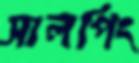
সালপিং